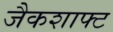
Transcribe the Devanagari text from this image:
जैकशाफ्ट